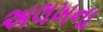
અલખના